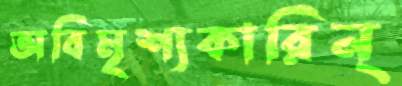
অবিমৃশ্যকারিন্